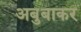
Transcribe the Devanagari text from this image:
अबुबाकर